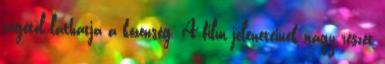
végétől láthatja a közönség. A film jeleneteinek nagy részét